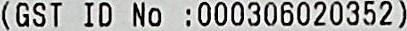
(GST ID NO :000306020352)